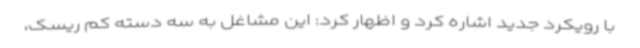
با رویکرد جدید اشاره کرد و اظهار کرد: این مشاغل به سه دسته کم ریسک،